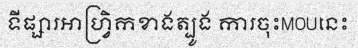
ទីផ្សារអាហ្វ្រិកខាងត្បូង ការចុះMOUនេះ